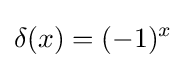
\delta (x)=(-1)^{x}